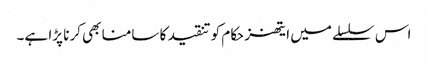
اس سلسلے میں ایتھنز حکام کو تنقید کا سامنا بھی کرنا پڑا ہے۔